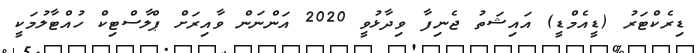
ޑިރެކްޓަރު (ޑީއެމްޑީ) އައިޝަތު ޖެނިފާ ވިދާޅުވީ 2020 އަންނަން ވާއިރަށް ޕްލާސްޓިކް ހުއްޓާލުމަކީ